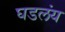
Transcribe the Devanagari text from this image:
घडलंय